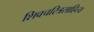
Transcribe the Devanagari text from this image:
शिवचरित्रसाहित्य